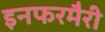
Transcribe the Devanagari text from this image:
इनफरमैरी